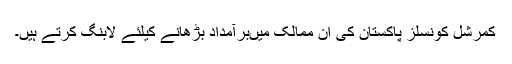
کمرشل کونسلز پاکستان کی ان ممالک میںبرآمداد بڑھانے کیلئے لابنگ کرتے ہیں۔